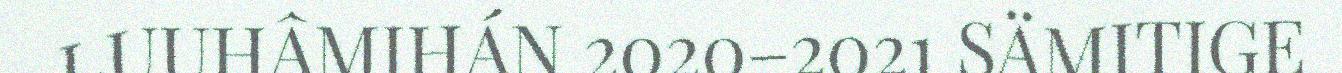
LUUHÂMIHÁN 2020–2021 SÄMITIGE